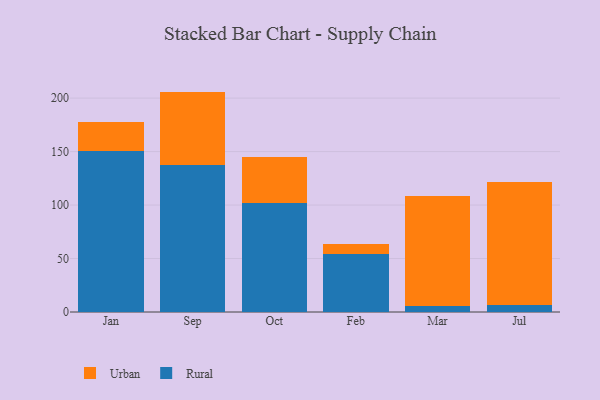
{"axis": {"x": "Month", "y": "Waste Production (Tons)"}, "legend": ["Rural", "Urban"], "data": [{"x": "Jan", "y": 150.7, "type": "Rural"}, {"x": "Jan", "y": 26.9, "type": "Urban"}, {"x": "Sep", "y": 137.1, "type": "Rural"}, {"x": "Sep", "y": 69.0, "type": "Urban"}, {"x": "Oct", "y": 102.2, "type": "Rural"}, {"x": "Oct", "y": 42.8, "type": "Urban"}, {"x": "Feb", "y": 54.3, "type": "Rural"}, {"x": "Feb", "y": 9.6, "type": "Urban"}, {"x": "Mar", "y": 5.3, "type": "Rural"}, {"x": "Mar", "y": 102.8, "type": "Urban"}, {"x": "Jul", "y": 6.1, "type": "Rural"}, {"x": "Jul", "y": 115.5, "type": "Urban"}]}